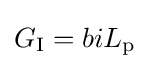
G_{\text{I}}=biL_{\text{p}}